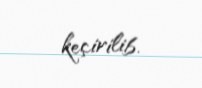
keçirilib.